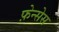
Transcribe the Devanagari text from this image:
फ़ेन्सेस